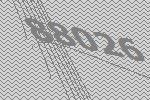
88026